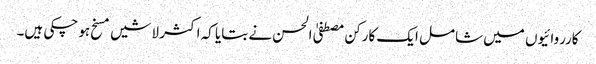
کارروائیوں میں شامل ایک کارکن مصطفیٰ الحسن نے بتایا کہ اکثر لاشیں مسخ ہو چکی ہیں۔